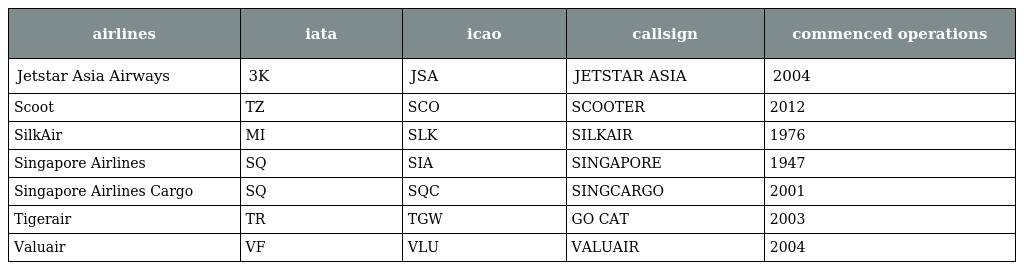
| airlines | iata | icao | callsign | commenced operations |
 | --- | --- | --- | --- | --- |
 | Jetstar Asia Airways | 3K | JSA | JETSTAR ASIA | 2004 |
 | Scoot | TZ | SCO | SCOOTER | 2012 |
 | SilkAir | MI | SLK | SILKAIR | 1976 |
 | Singapore Airlines | SQ | SIA | SINGAPORE | 1947 |
 | Singapore Airlines Cargo | SQ | SQC | SINGCARGO | 2001 |
 | Tigerair | TR | TGW | GO CAT | 2003 |
 | Valuair | VF | VLU | VALUAIR | 2004 |